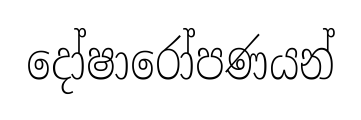
දෝෂාරෝපණයන්